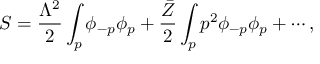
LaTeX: S = \frac { \Lambda ^ { 2 } } { 2 } \int _ { p } \phi _ { - p } \phi _ { p } + \frac { \bar { Z } } { 2 } \int _ { p } p ^ { 2 } \phi _ { - p } \phi _ { p } + \cdots ,